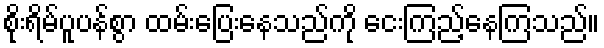
စိုးရိမ်ပူပန်စွာ ထမ်းပြေးနေသည်ကို ငေးကြည့်နေကြသည်။